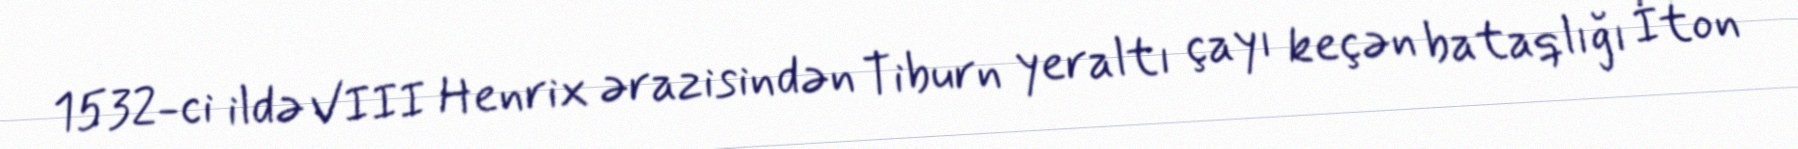
1532-ci ildə VIII Henrix ərazisindən Tiburn yeraltı çayı keçən bataqlığı İton